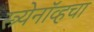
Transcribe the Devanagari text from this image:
स्त्र्येनॉव्हचा